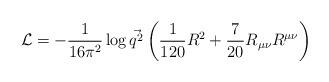
LaTeX: \begin{align*}{\cal L}=-{1\over 16\pi^2}\log\vec{q^2}\left({1\over 120}R^2+{7\over20}R_{\mu\nu}R^{\mu\nu}\right)\end{align*}